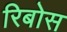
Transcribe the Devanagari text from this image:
रिबोस